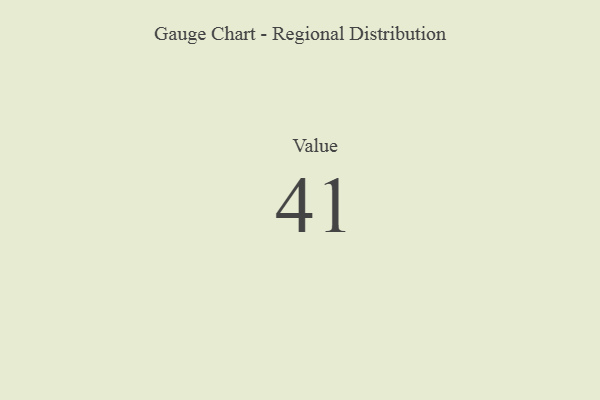
{"axis": {"x": "Metric", "y": "Value"}, "legend": [""], "data": [{"x": "Value", "y": 41, "type": ""}]}